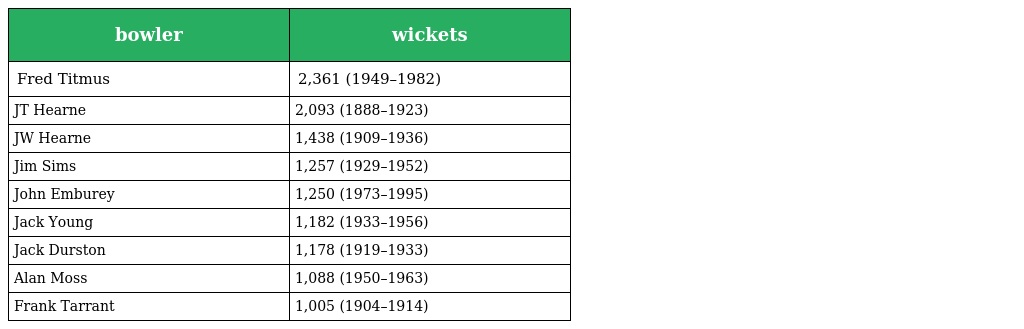
| bowler | wickets |
 | --- | --- |
 | Fred Titmus | 2,361 (1949–1982) |
 | JT Hearne | 2,093 (1888–1923) |
 | JW Hearne | 1,438 (1909–1936) |
 | Jim Sims | 1,257 (1929–1952) |
 | John Emburey | 1,250 (1973–1995) |
 | Jack Young | 1,182 (1933–1956) |
 | Jack Durston | 1,178 (1919–1933) |
 | Alan Moss | 1,088 (1950–1963) |
 | Frank Tarrant | 1,005 (1904–1914) |